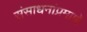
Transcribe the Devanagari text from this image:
संसाधनांप्रमाणे